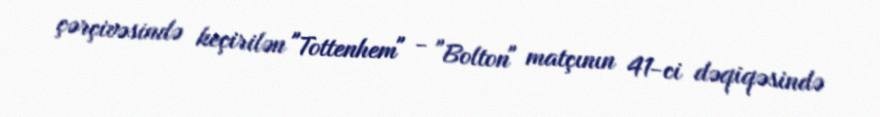
çərçivəsində keçirilən "Tottenhem" - "Bolton" matçının 41-ci dəqiqəsində